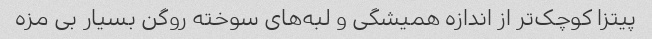
پیتزا کوچک‌تر از اندازه همیشگی و لبه‌های سوخته روگن بسیار بی مزه